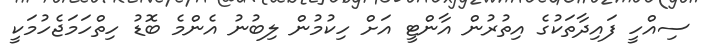
ސިއްހީ ފައިދާތަކުގެ އިތުރުން އާންޓީ އަށް ހިކުމުން ލިބުނު އެންމެ ބޮޑު ހިތްހަމަޖެހުމަކީ